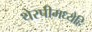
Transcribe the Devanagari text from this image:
थेरपीमध्येहि